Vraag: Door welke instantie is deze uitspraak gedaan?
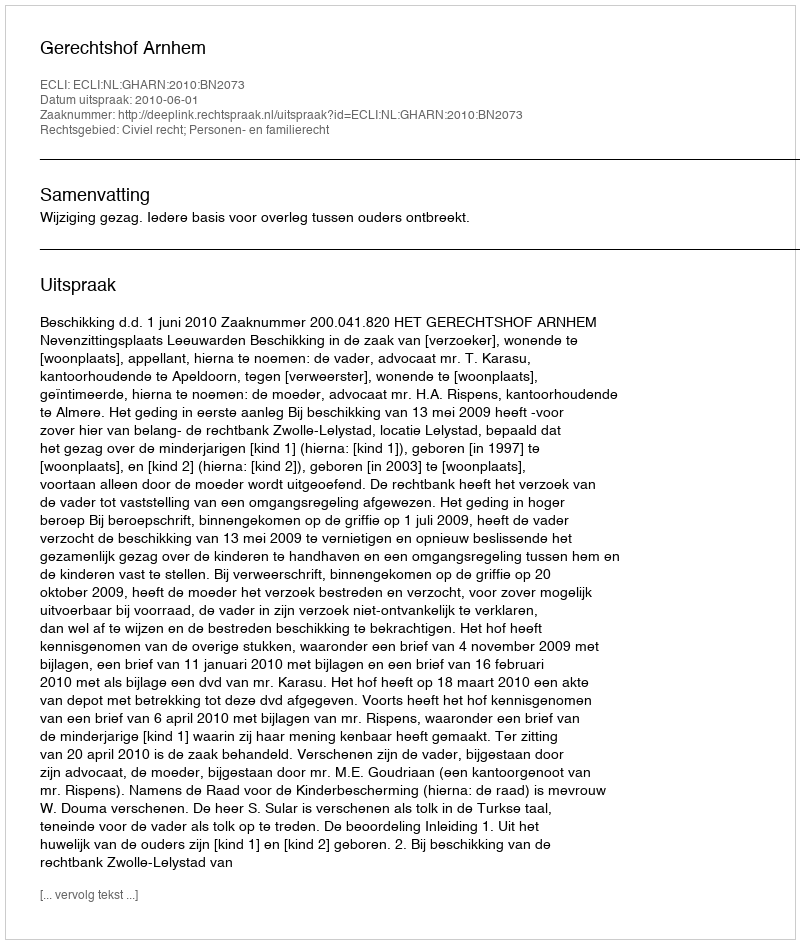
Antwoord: Gerechtshof Arnhem